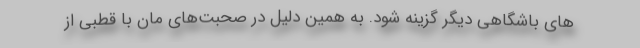
های باشگاهی دیگر گزینه شود. به همین دلیل در صحبت‌های مان با قطبی از